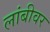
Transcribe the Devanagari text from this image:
लांबीवर